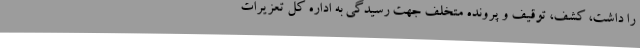
را داشت، کشف، توقیف و پرونده متخلف جهت رسیدگی به اداره کل تعزیرات